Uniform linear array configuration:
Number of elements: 4
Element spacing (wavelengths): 0.25
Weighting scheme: hann
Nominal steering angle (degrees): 60
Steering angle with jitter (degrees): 58.219
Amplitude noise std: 0.05
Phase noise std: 0.05

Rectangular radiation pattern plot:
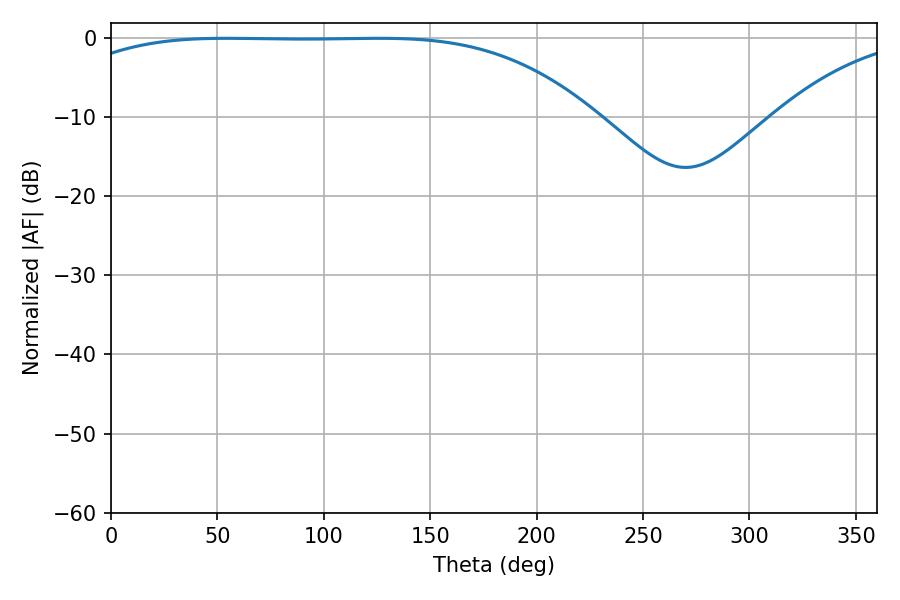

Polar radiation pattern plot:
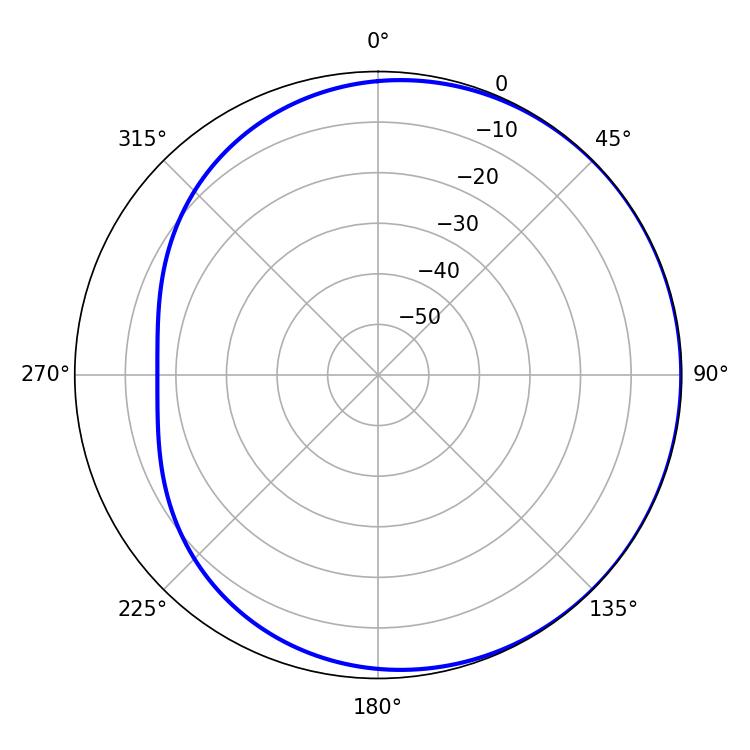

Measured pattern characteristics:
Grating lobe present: FALSE
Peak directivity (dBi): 0.7048
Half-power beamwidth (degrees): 190.8
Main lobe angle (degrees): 54.18